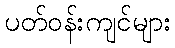
ပတ်ဝန်းကျင်များ